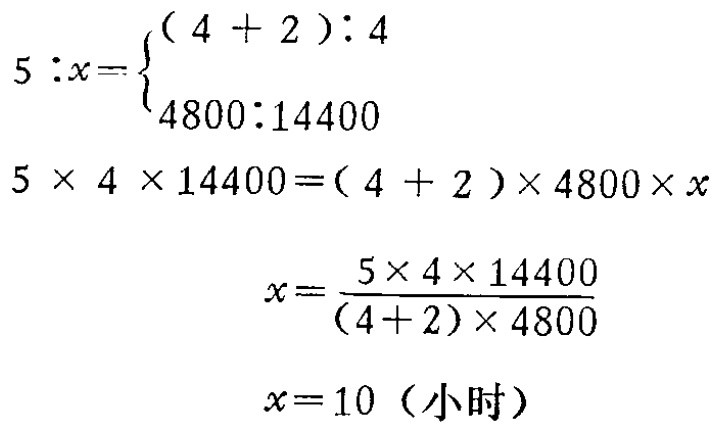
\[

\begin{align*}

5:x&=\begin{cases}(4 + 2):4\\4800:14400\end{cases}\\

5\times 4\times 14400&=(4 + 2)\times 4800\times x\\

x&=\frac{5\times 4\times 14400}{(4 + 2)\times 4800}\\

x&=10 \text{（小时）}

\end{align*}

\]